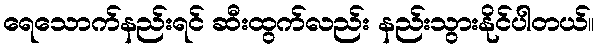
ရေသောက်နည်းရင် ဆီးထွက်လည်း နည်းသွားနိုင်ပါတယ်။